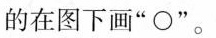
的在图下画”\circ”。